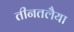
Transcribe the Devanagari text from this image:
तीनतलैया